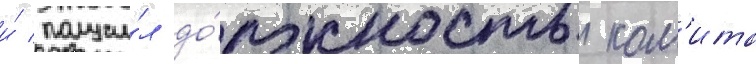
и́ получи́л до́лжность ком'ита